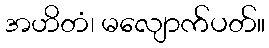
အဟိတံ၊ မလျောက်ပတ်။